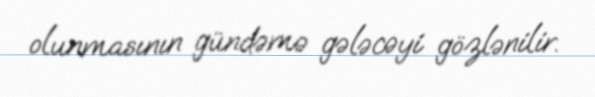
olunmasının gündəmə gələcəyi gözlənilir.